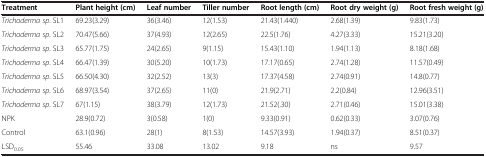
<table><thead><tr><td><b>Treatment</b></td><td><b>Plant height (cm)</b></td><td><b>Leaf number</b></td><td><b>Tiller number</b></td><td><b>Root length (cm)</b></td><td><b>Root dry weight (g)</b></td><td><b>Root fresh weight (g)</b></td></tr></thead><tbody><tr><td><i>Trichoderma sp</i>. SL1</td><td>69.23(3.29)</td><td>36(3.46)</td><td>12(1.53)</td><td>21.43(1.440)</td><td>2.68(1.39)</td><td>9.83(1.73)</td></tr><tr><td><i>Trichoderma sp</i>. SL2</td><td>70.47(5.66)</td><td>37(4.93)</td><td>12(2.65)</td><td>22.5(1.76)</td><td>4.27(3.33)</td><td>15.21(3.20)</td></tr><tr><td><i>Trichoderma sp</i>. SL3</td><td>65.77(1.75)</td><td>24(2.65)</td><td>9(1.15)</td><td>15.43(1.10)</td><td>1.94(1.13)</td><td>8.18(1.68)</td></tr><tr><td><i>Trichoderma sp</i>. SL4</td><td>66.47(1.39)</td><td>30(5.20)</td><td>10(1.73)</td><td>17.17(0.65)</td><td>2.74(1.28)</td><td>11.57(0.49)</td></tr><tr><td><i>Trichoderma sp</i>. SL5</td><td>66.50(4.30)</td><td>32(2.52)</td><td>13(3)</td><td>17.37(4.58)</td><td>2.74(0.91)</td><td>14.8(0.77)</td></tr><tr><td><i>Trichoderma sp</i>. SL6</td><td>68.97(3.54)</td><td>37(2.65)</td><td>11(0)</td><td>21.9(2.71)</td><td>2.2(0.84)</td><td>12.96(3.51)</td></tr><tr><td><i>Trichoderma sp</i>. SL7</td><td>67(1.15)</td><td>38(3.79)</td><td>12(1.73)</td><td>21.52(.30)</td><td>2.71(0.46)</td><td>15.01(3.38)</td></tr><tr><td>NPK</td><td>28.9(0.72)</td><td>3(0.58)</td><td>1(0)</td><td>9.33(0.91)</td><td>0.62(0.33)</td><td>3.07(0.76)</td></tr><tr><td>Control</td><td>63.1(0.96)</td><td>28(1)</td><td>8(1.53)</td><td>14.57(3.93)</td><td>1.94(0.37)</td><td>8.51(0.37)</td></tr><tr><td>LSD<sub>0.05</sub></td><td>55.46</td><td>33.08</td><td>13.02</td><td>9.18</td><td>ns</td><td>9.57</td></tr></tbody></table>